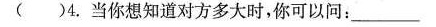
()4.当你想知道对方多大时，你可以问：___